Indian journal of veterinary science and animal husbandry - Volume 8,
Year: 1938
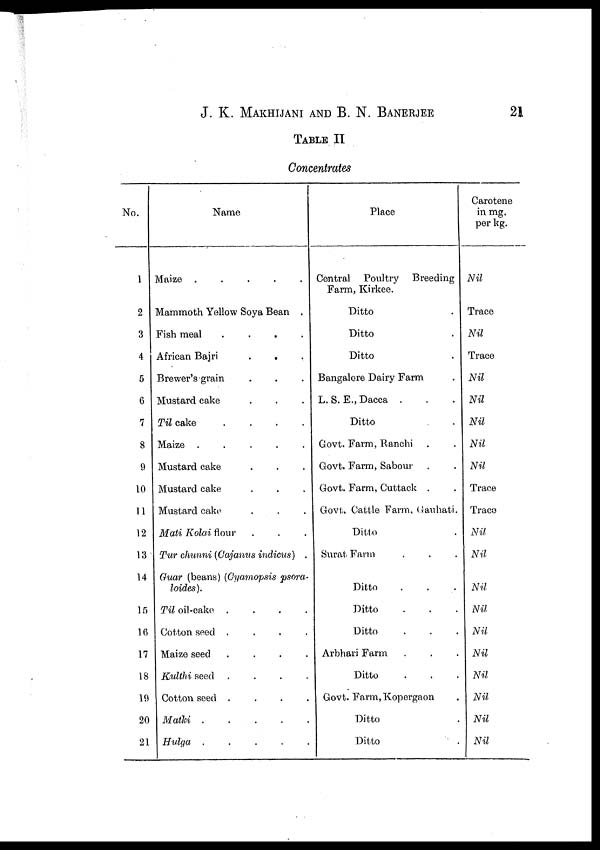
J. K. MAKHIJANI AND B. N.
BANERJEE
21
TABLE II
Concentrates
No.
1
2
3
4
5
6
7
8
9
10
11
12
13
14
15
16
17
18
19
20
21
Name
Maize . . . . . .
Mammoth Yellow Soya Bean .
Fish meal . . . .
African Bajri . . .
Brewer's grain . . .
Mustard cake . . .
Til cake
.
.
.
.
Maize .
.
.
.
.
Mustard cake . . .
Mustard cake . . .
Mustard cake . . .
Mali Kolai flour . . .
Tur chunni (Cajawus indicus) .
Guar (beans) (Cyamopsis psora-
loides).
Til oil-cake .
.
.
.
Cotton seed .
.
.
.
Maize seed
.
.
.
.
Kulthi seed .
.
.
.
Cotton seed .
.
.
.
Matki
.
.
.
.
Hulga .
.
.
.
.
Place
Central Poultry
Breeding
Farm, Kirkee.
Ditto .
Ditto .
Ditto .
Bangalore Dairy Farm .
L. S. E., Dacca . . .
Ditto . .
Govt. Farm, Ranchi . .
Govt. Farm, Sabour . .
Govt. Farm, Cuttack . .
Govt. Cattle Farm, Gauhati.
Ditto .
Surat Farm . . .
Ditto . . .
Ditto . . .
Ditto . . .
Arbhari Farm . . .
Ditto . . .
Govt. Farm, Kopergaon .
Ditto .
Ditto .
Carotene
in mg.
per kg.
Nil
Trace
Nil
Trace
Nil
Nil
Nil
Nil
Nil
Trace
Trace
Nil
Nil
Nil
Nil
Nil
Nil
Nil
Nil
Nil
Nil